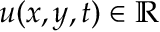
u ( x , y , t ) \in \mathbb { R }